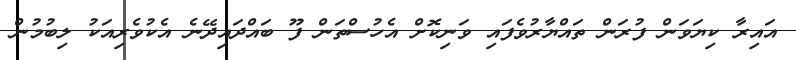
އައިރާ ކިޔަވަން ފުރަން ތައްޔާރުވެފައި ވަނިކޮށް އެހުސްތަން ފޫ ބައްދައިދޭނެ އެކުވެރިއަކު ލިބުމުން